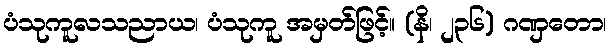
ပံသုကူလသညာယ၊ ပံသုကူ အမှတ်ဖြင့်။ (နိ၊ ၂၃၆) ဂဏှတော၊